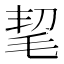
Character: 𣭭